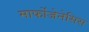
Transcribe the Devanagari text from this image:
मार्फोजेनेसिस